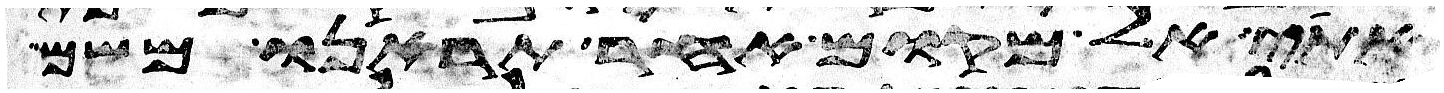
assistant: אתי אל מקום אחר תראנו משם